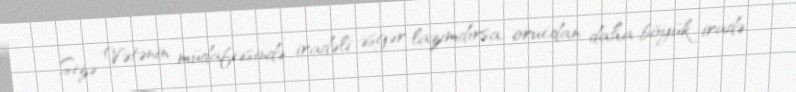
Sizə Vətənin müdafiəsində iradəli əsgər lazımdırsa, orucdan daha böyük iradə